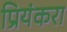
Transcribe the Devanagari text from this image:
प्रियंकरा